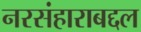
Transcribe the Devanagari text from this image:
नरसंहाराबद्दल